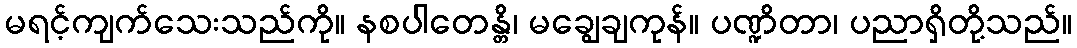
မရင့်ကျက်သေးသည်ကို။ နစပါတေန္တိ၊ မချွေချကုန်။ ပဏ္ဍိတာ၊ ပညာရှိတို့သည်။